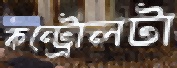
কন্ট্রোলটা